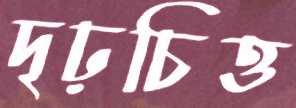
দৃঢ়চিত্ত